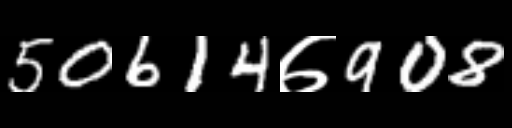
Text: 50614७908